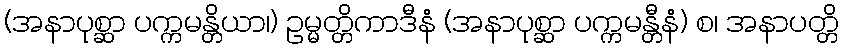
(အနာပုစ္ဆာ ပက္ကမန္တိယာ၊) ဥမ္မတ္တိကာဒီနံ (အနာပုစ္ဆာ ပက္ကမန္တီနံ) စ၊ အနာပတ္တိ